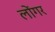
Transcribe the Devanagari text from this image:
लोंगर